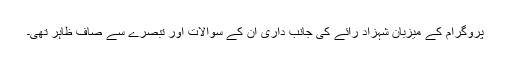
پروگرام کے میزبان شہزاد رائے کی جانب داری ان کے سوالات اور تبصرے سے صاف ظاہر تھی۔